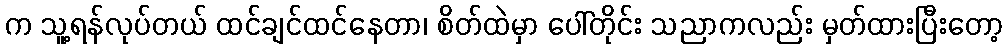
က သူ့ရန်လုပ်တယ် ထင်ချင်ထင်နေတာ၊ စိတ်ထဲမှာ ပေါ်တိုင်း သညာကလည်း မှတ်ထားပြီးတော့